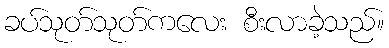
ခပ်သုတ်သုတ်ကလေး စီးလာခဲ့သည်။